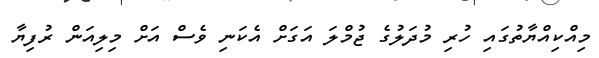
މިއްކިއްޔާތުގައި ހުރި މުދަލުގެ ޖުމްލަ އަގަށް އެކަނި ވެސް އަށް މިލިއަން ރުފިޔާ